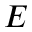
E